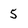
Character: 5